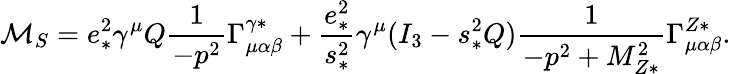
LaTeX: {\cal M}_{S}=e_{*}^{2}\gamma^{\mu}Q\frac{1}{-p^{2}}\Gamma_{\mu\alpha\beta}^{\gamma*}+\frac{e_{*}^{2}}{s_{*}^{2}}\gamma^{\mu}(I_{3}-s_{*}^{2}Q)\frac{1}{-p^{2}+M_{Z*}^{2}}\Gamma_{\mu\alpha\beta}^{Z*}.